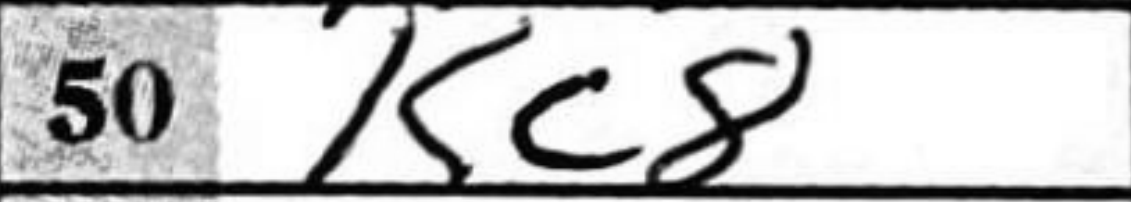
Transcription: Kc8